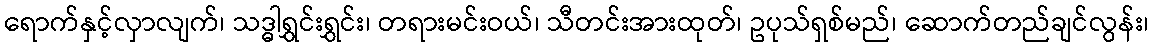
ရောက်နှင့်လှာလျက်၊ သဒ္ဓါရွှင်းရွှင်း၊ တရားမင်းဝယ်၊ သီတင်းအားထုတ်၊ ဥပုသ်ရှစ်မည်၊ ဆောက်တည်ချင်လွန်း၊